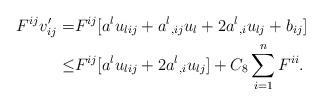
LaTeX: \begin{align*} F^{ij} v' _{ij} =& F^{ij}[a^l u_{lij} + { a^l}_{,ij} u_l +2 { a^l}_{,i} u_{lj} + b_{ij} ] \\ \leq& F^{ij}[a^l u_{lij} +2 { a^l}_{,i} u_{lj} ] + C_{8} \sum\limits_{i = 1}^n {{F^{ii}}}. \end{align*}